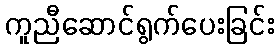
ကူညီဆောင်ရွက်ပေးခြင်း